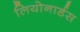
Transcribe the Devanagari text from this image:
लियोनार्डस